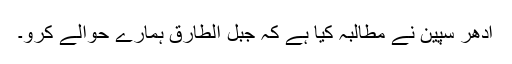
ادھر سپین نے مطالبہ کیا ہے کہ جبل الطارق ہمارے حوالے کرو۔